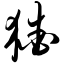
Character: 猹